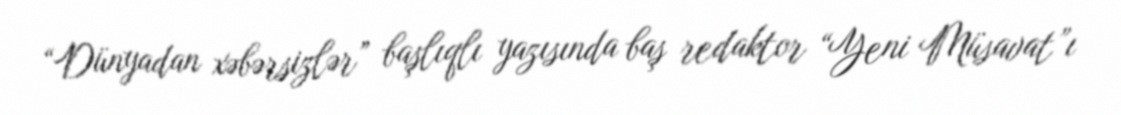
“Dünyadan xəbərsizlər” başlıqlı yazısında baş redaktor “Yeni Müsavat”ı